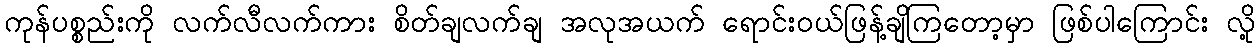
ကုန်ပစ္စည်းကို လက်လီလက်ကား စိတ်ချလက်ချ အလုအယက် ရောင်းဝယ်ဖြန့်ချိကြတော့မှာ ဖြစ်ပါကြောင်း လို့